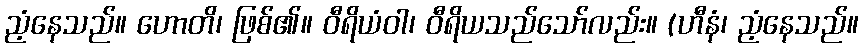
ညံ့နေသည်။ ဟောတိ၊ ဖြစ်၏။ ဝီရိယံဝါ၊ ဝီရိယသည်သော်လည်း။ (ဟီနံ၊ ညံ့နေသည်။